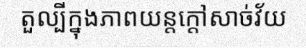
តួល្បីក្នុងភាពយន្តក្តៅសាច់វ័យ